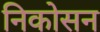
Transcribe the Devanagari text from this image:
निकोसन